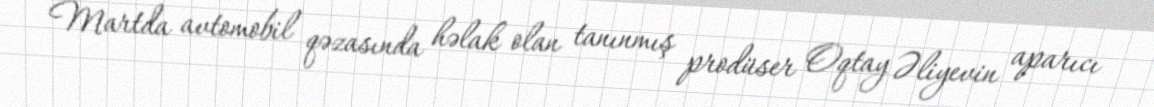
Martda avtomobil qəzasında həlak olan tanınmış prodüser Oqtay Əliyevin aparıcı